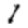
Digit: 1